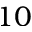
1 0